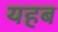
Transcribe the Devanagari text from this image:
यहब